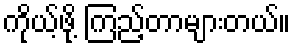
ကိုယ့်ဖို့ ကြည့်တာများတယ်။